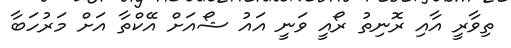
ތިވާރީ އާއި ރޮނިތު ރޯއީ ވަނީ އައު ޝޯއަށް އޭކްތާ އަށް މަރުހަބާ